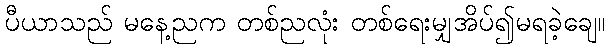
ပီယာသည် မနေ့ညက တစ်ညလုံး တစ်ရေးမျှအိပ်၍မရခဲ့ချေ။